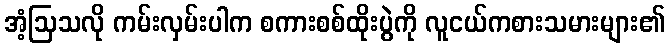
အံ့ဩသလို ကမ်းလှမ်းပါက စကားစစ်ထိုးပွဲကို လူငယ်ကစားသမားများ၏